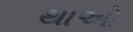
થાઓ